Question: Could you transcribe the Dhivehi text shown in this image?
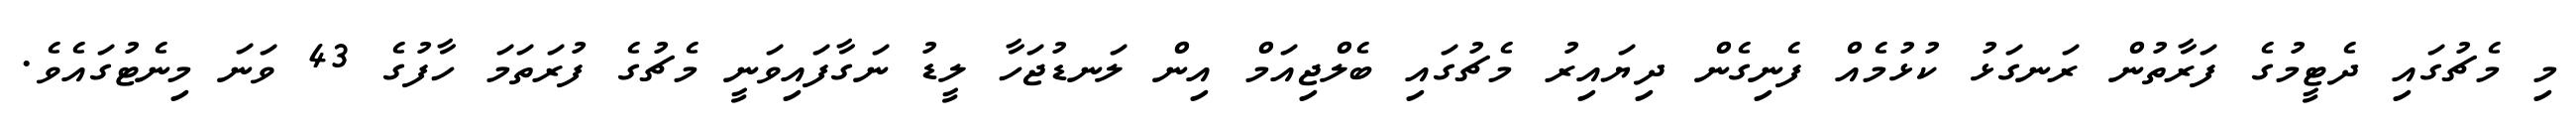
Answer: މި މެޗުގައި ދެޓީމުގެ ފަރާތުން ރަނގަޅު ކުޅުމެއް ފެނިގެން ދިޔައިރު މެޗުގައި ބެލްޖިއަމް އިން ލަނޑުޖަހާ ލީޑު ނަގާފައިވަނީ މެޗުގެ ފުރަތަމަ ހާފުގެ 43 ވަނަ މިނެޓުގައެވެ.